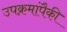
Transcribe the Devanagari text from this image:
उपक्रमांपैकी